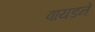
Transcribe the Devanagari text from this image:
वायडने